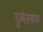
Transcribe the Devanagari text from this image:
डुबेरकर